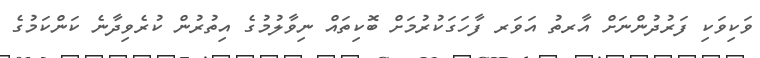
ވަކިވަކި ފަރުދުންނަށް އާރތު އަވަރ ފާހަގަކުރުމަށް ބޮކިތައް ނިވާލުމުގެ އިތުރުން ކުރެވިދާނެ ކަންކަމުގެ